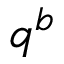
q ^ { b }